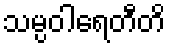
သမ္ပဝါရေတီတိ